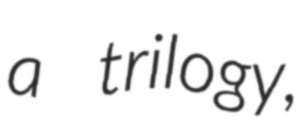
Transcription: a trilogy,